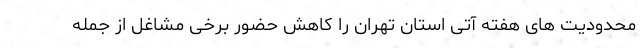
محدودیت های هفته آتی استان تهران را کاهش حضور برخی مشاغل از جمله